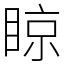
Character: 䁁